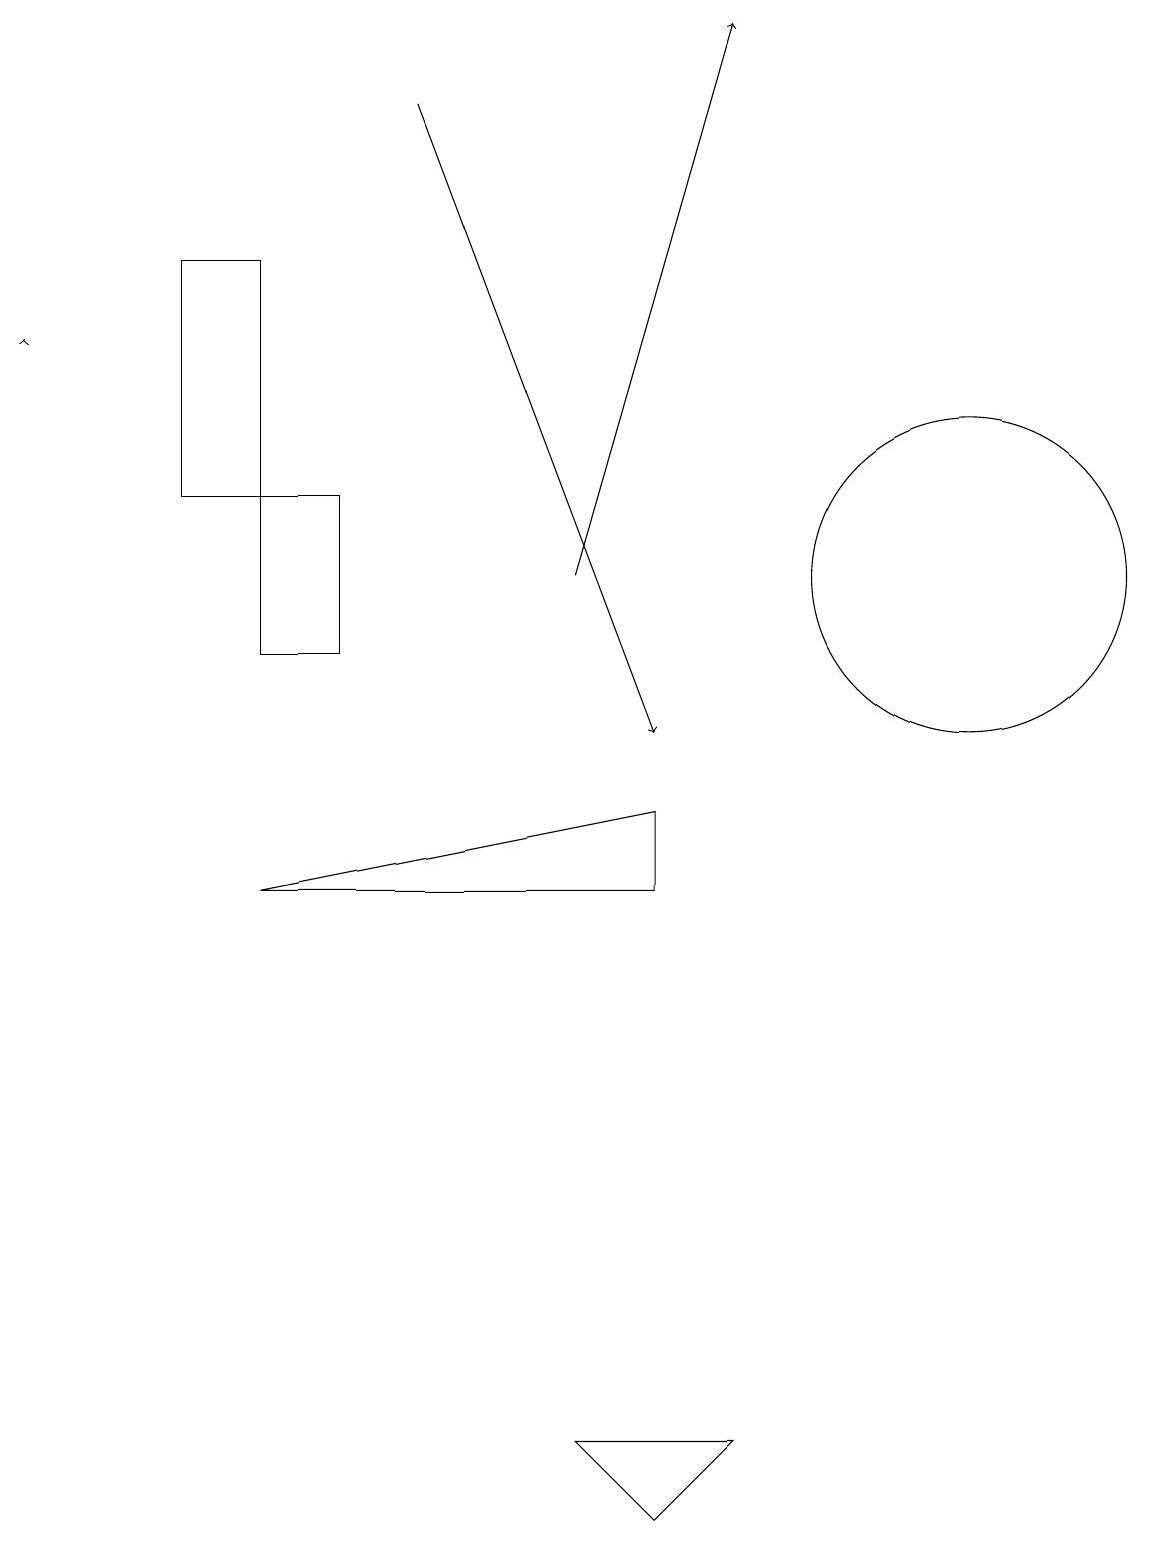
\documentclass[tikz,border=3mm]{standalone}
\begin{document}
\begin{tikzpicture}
\draw (3,8) -- (8,9) -- (8,8) -- cycle;
\draw[->] (0,15) -- (0,15);
\draw (9,1) -- (8,0) -- (7,1) -- cycle;
\draw (12,12) circle (2);
\draw (3,11) rectangle (4,13);
\draw[->] (5,18) -- (8,10);
\draw[->] (7,12) -- (9,19);
\draw (3,13) rectangle (2,16);
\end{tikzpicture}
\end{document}